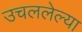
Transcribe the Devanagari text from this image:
उचललेल्या